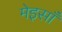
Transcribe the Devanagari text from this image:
मेइसाँ